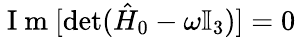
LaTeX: \mathrm{~I~m~}[\operatorname*{det}(\hat{H}_{0}-\omega\mathbb{I}_{3})]=0